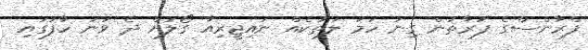
ފްރާންސްގެ ފަރާތުން ގިނަ ހަމަ ލަތަކެއް ނައިޖީރިއާ ގޯލަށް ދެ ވަނަ ހާފުގައި